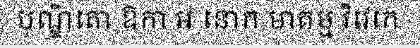
បណ្ឌិតោ ឱកា ឣ នោក មាគម្ម វិវេកេ